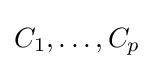
C_{1},\ldots ,C_{p}